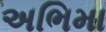
અભિમા